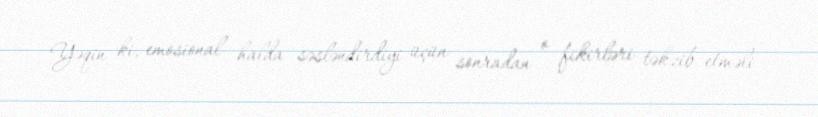
Yəqin ki, emosional halda səsləndirdiyi üçün sonradan o fikirləri təkzib etməli